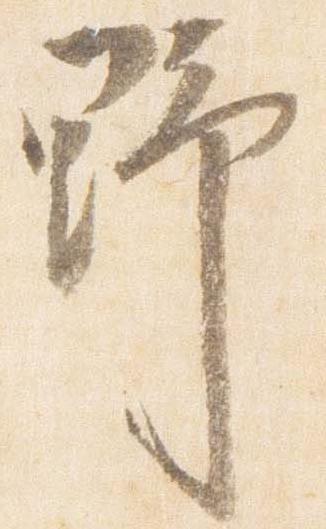
野